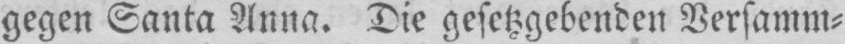
gegen Santa Anna. Die gesetzgebenden Versamm⸗